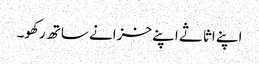
اپنے اثاثے اپنے خزانے ساتھ رکھو۔